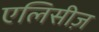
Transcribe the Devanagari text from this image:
एलिसीज़